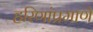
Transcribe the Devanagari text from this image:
हरिणांप्रमाणे